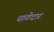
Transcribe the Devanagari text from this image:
धागेदार